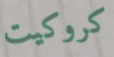
كروكيت